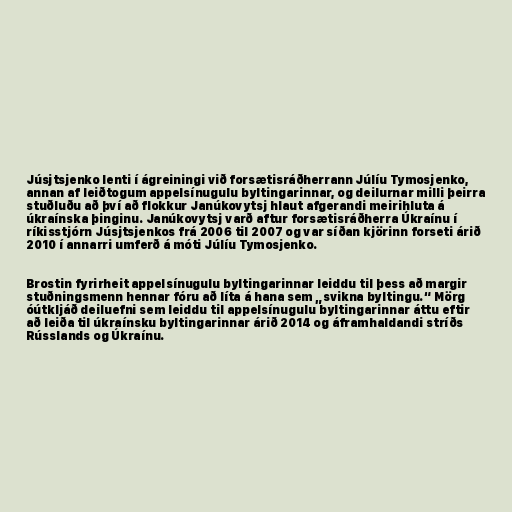
Júsjtsjenko lenti í ágreiningi við forsætisráðherrann Júlíu Tymosjenko,
annan af leiðtogum appelsínugulu byltingarinnar, og deilurnar milli þeirra
stuðluðu að því að flokkur Janúkovytsj hlaut afgerandi meirihluta á
úkraínska þinginu. Janúkovytsj varð aftur forsætisráðherra Úkraínu í
ríkisstjórn Júsjtsjenkos frá 2006 til 2007 og var síðan kjörinn forseti árið
2010 í annarri umferð á móti Júlíu Tymosjenko.

Brostin fyrirheit appelsínugulu byltingarinnar leiddu til þess að margir
stuðningsmenn hennar fóru að líta á hana sem „svikna byltingu.“ Mörg
óútkljáð deiluefni sem leiddu til appelsínugulu byltingarinnar áttu eftir
að leiða til úkraínsku byltingarinnar árið 2014 og áframhaldandi stríðs
Rússlands og Úkraínu.